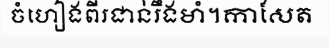
ចំហៀងពីរជាន់រឹងមាំ។កាសែត